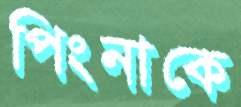
পিংনাকে